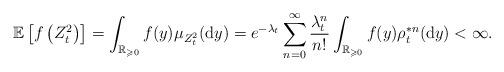
LaTeX: \begin{align*}\mathbb{E}\left[f\left(Z_{t}^{2}\right)\right]=\int_{\mathbb{R}_{\geqslant0}}f(y)\mu_{Z_{t}^{2}}(\mathrm{d}y)=e^{-\lambda_{t}}\sum_{n=0}^{\infty}\frac{\lambda_{t}^{n}}{n!}\int_{\mathbb{R}_{\geqslant0}}f(y)\rho_{t}^{\ast n}(\mathrm{d}y)<\infty.\end{align*}